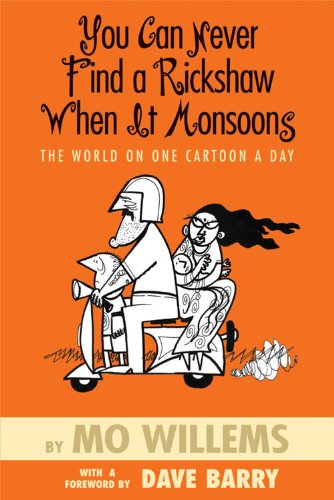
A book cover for You Can Never Find a Rickshaw When It Monsoons - The World on One Cartoon a Day; Mo Willems; Teen & Young Adult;